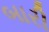
બારી